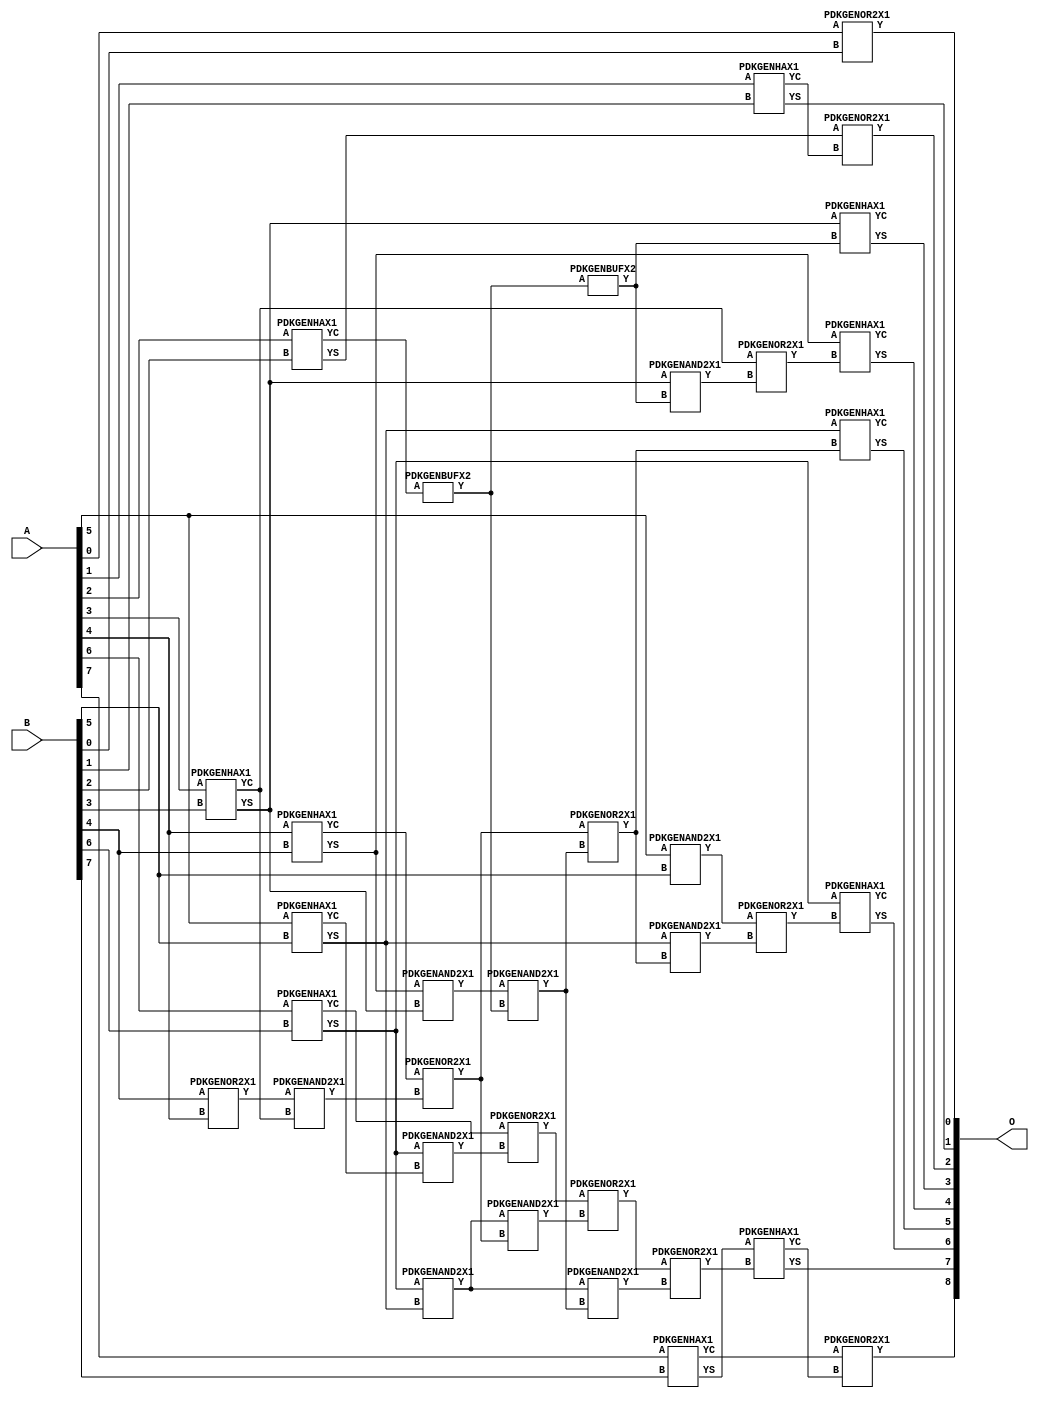
// Library = EvoApprox8b
// Circuit = add8_228
// Area   (180) = 1680
// Delay  (180) = 0.970
// Power  (180) = 532.50
// Area   (45) = 110
// Delay  (45) = 0.390
// Power  (45) = 43.02
// Nodes = 35
// HD = 73344
// MAE = 0.75000
// MSE = 2.50000
// MRE = 0.40 %
// WCE = 5
// WCRE = 50 %
// EP = 34.4 %

module add8_228(A, B, O);
  input [7:0] A;
  input [7:0] B;
  output [8:0] O;
  wire [2031:0] N;

  assign N[0] = A[0];
  assign N[1] = A[0];
  assign N[2] = A[1];
  assign N[3] = A[1];
  assign N[4] = A[2];
  assign N[5] = A[2];
  assign N[6] = A[3];
  assign N[7] = A[3];
  assign N[8] = A[4];
  assign N[9] = A[4];
  assign N[10] = A[5];
  assign N[11] = A[5];
  assign N[12] = A[6];
  assign N[13] = A[6];
  assign N[14] = A[7];
  assign N[15] = A[7];
  assign N[16] = B[0];
  assign N[17] = B[0];
  assign N[18] = B[1];
  assign N[19] = B[1];
  assign N[20] = B[2];
  assign N[21] = B[2];
  assign N[22] = B[3];
  assign N[23] = B[3];
  assign N[24] = B[4];
  assign N[25] = B[4];
  assign N[26] = B[5];
  assign N[27] = B[5];
  assign N[28] = B[6];
  assign N[29] = B[6];
  assign N[30] = B[7];
  assign N[31] = B[7];

  PDKGENOR2X1 n32(.A(N[0]), .B(N[16]), .Y(N[32]));
  PDKGENHAX1 n40(.A(N[2]), .B(N[18]), .YS(N[40]), .YC(N[41]));
  PDKGENHAX1 n50(.A(N[4]), .B(N[20]), .YS(N[50]), .YC(N[51]));
  PDKGENHAX1 n58(.A(N[6]), .B(N[22]), .YS(N[58]), .YC(N[59]));
  PDKGENHAX1 n68(.A(N[8]), .B(N[24]), .YS(N[68]), .YC(N[69]));
  PDKGENHAX1 n78(.A(N[10]), .B(N[26]), .YS(N[78]), .YC(N[79]));
  PDKGENHAX1 n86(.A(N[12]), .B(N[28]), .YS(N[86]), .YC(N[87]));
  PDKGENOR2X1 n88(.A(N[24]), .B(N[8]), .Y(N[88]));
  PDKGENHAX1 n96(.A(N[14]), .B(N[30]), .YS(N[96]), .YC(N[97]));
  PDKGENAND2X1 n110(.A(N[10]), .B(N[26]), .Y(N[110]));
  assign N[111] = N[110];
  PDKGENBUFX2 n124(.A(N[51]), .Y(N[124]));
  assign N[125] = N[124];
  PDKGENAND2X1 n134(.A(N[88]), .B(N[59]), .Y(N[134]));
  PDKGENAND2X1 n142(.A(N[68]), .B(N[58]), .Y(N[142]));
  assign N[143] = N[142];
  PDKGENOR2X1 n152(.A(N[69]), .B(N[134]), .Y(N[152]));
  PDKGENAND2X1 n162(.A(N[86]), .B(N[79]), .Y(N[162]));
  PDKGENAND2X1 n170(.A(N[86]), .B(N[78]), .Y(N[170]));
  PDKGENOR2X1 n180(.A(N[87]), .B(N[162]), .Y(N[180]));
  PDKGENBUFX2 n198(.A(N[125]), .Y(N[198]));
  assign N[199] = N[198];
  PDKGENAND2X1 n208(.A(N[143]), .B(N[125]), .Y(N[208]));
  assign N[209] = N[208];
  PDKGENOR2X1 n226(.A(N[152]), .B(N[209]), .Y(N[226]));
  assign N[227] = N[226];
  PDKGENAND2X1 n236(.A(N[170]), .B(N[152]), .Y(N[236]));
  PDKGENAND2X1 n244(.A(N[170]), .B(N[208]), .Y(N[244]));
  assign N[245] = N[244];
  PDKGENOR2X1 n254(.A(N[180]), .B(N[236]), .Y(N[254]));
  PDKGENOR2X1 n292(.A(N[254]), .B(N[245]), .Y(N[292]));
  assign N[293] = N[292];
  PDKGENAND2X1 n320(.A(N[58]), .B(N[199]), .Y(N[320]));
  PDKGENOR2X1 n328(.A(N[59]), .B(N[320]), .Y(N[328]));
  PDKGENAND2X1 n338(.A(N[78]), .B(N[227]), .Y(N[338]));
  PDKGENOR2X1 n348(.A(N[111]), .B(N[338]), .Y(N[348]));
  PDKGENOR2X1 n366(.A(N[50]), .B(N[41]), .Y(N[366]));
  PDKGENHAX1 n376(.A(N[58]), .B(N[198]), .YS(N[376]), .YC(N[377]));
  PDKGENHAX1 n384(.A(N[68]), .B(N[328]), .YS(N[384]), .YC(N[385]));
  PDKGENHAX1 n394(.A(N[78]), .B(N[226]), .YS(N[394]), .YC(N[395]));
  PDKGENHAX1 n404(.A(N[86]), .B(N[348]), .YS(N[404]), .YC(N[405]));
  PDKGENHAX1 n412(.A(N[96]), .B(N[293]), .YS(N[412]), .YC(N[413]));
  PDKGENOR2X1 n422(.A(N[97]), .B(N[413]), .Y(N[422]));

  assign O[0] = N[32];
  assign O[1] = N[40];
  assign O[2] = N[366];
  assign O[3] = N[376];
  assign O[4] = N[384];
  assign O[5] = N[394];
  assign O[6] = N[404];
  assign O[7] = N[412];
  assign O[8] = N[422];

endmodule
/* mod */
module PDKGENAND2X1(input A, input B, output Y );
     assign Y = A & B;
endmodule
/* mod */
module PDKGENOR2X1(input A, input B, output Y );
     assign Y = A | B;
endmodule
/* mod */
module PDKGENHAX1( input A, input B, output YS, output YC );
    assign YS = A ^ B;
    assign YC = A & B;
endmodule
/* mod */
module PDKGENBUFX2(input A, output Y );
     assign Y = A;
endmodule